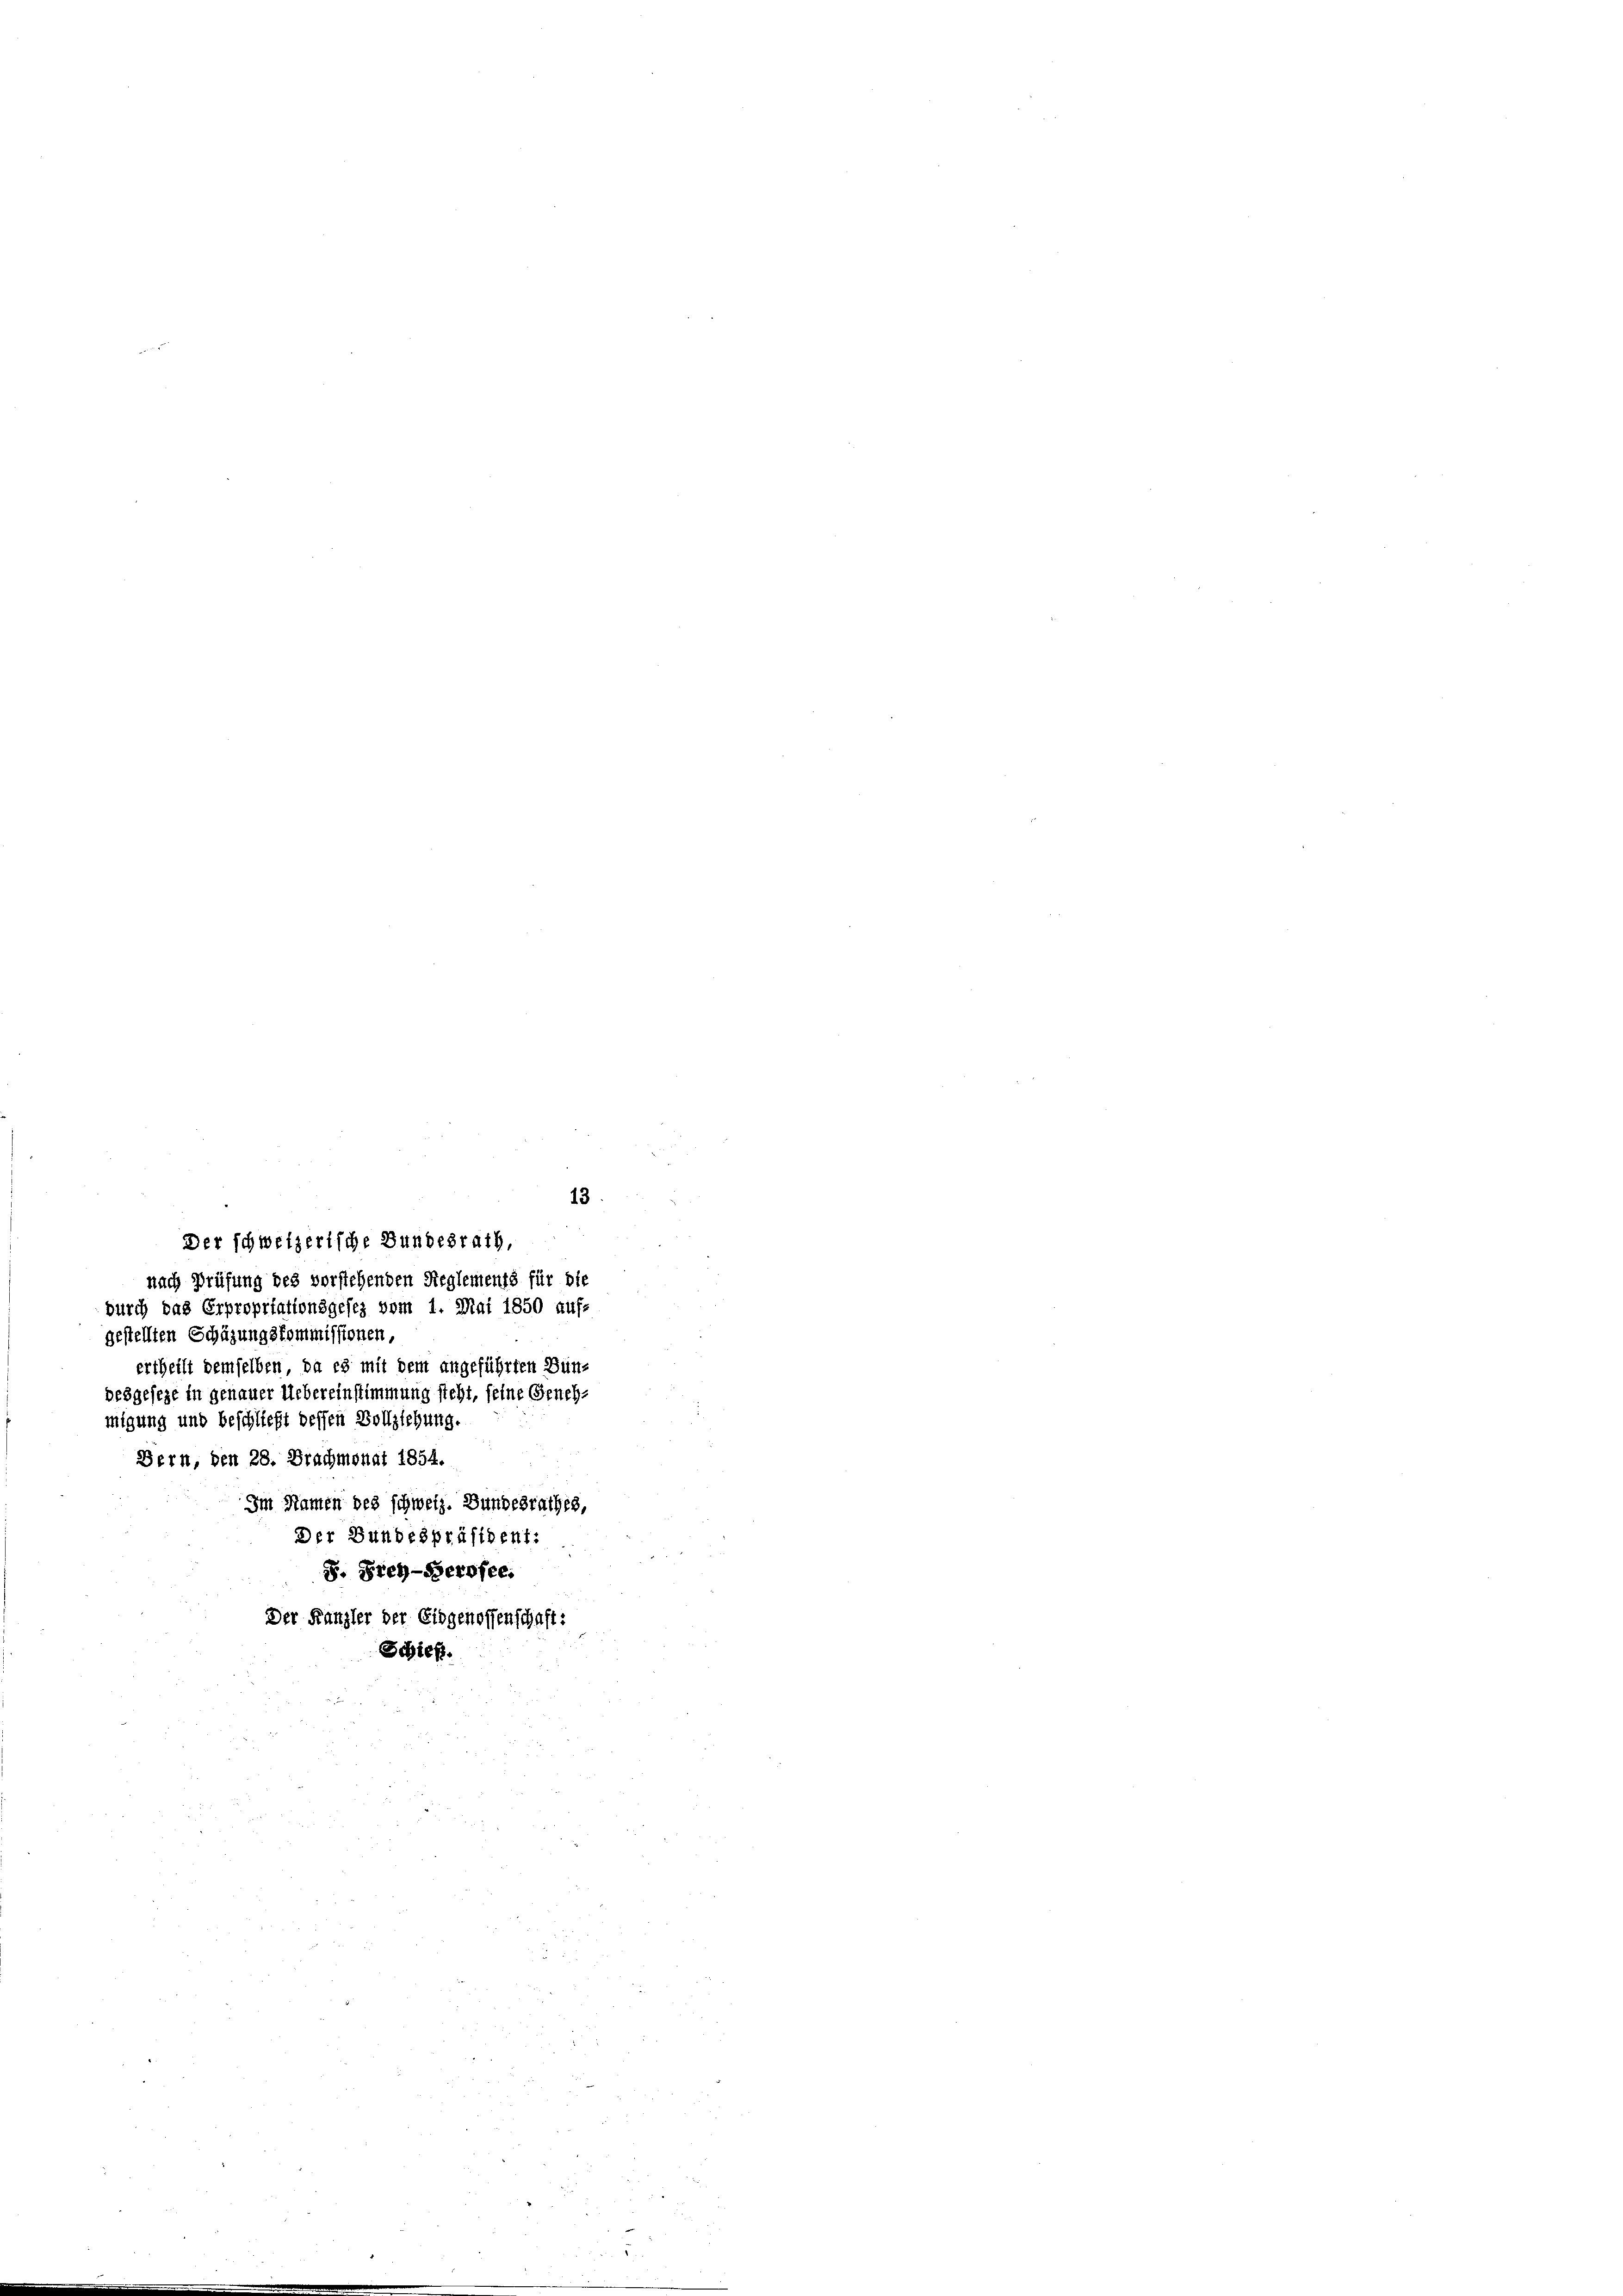
durch das Erpropriationsgesez vom 1. Mai 1850 auf-
gestellten Schüzungskommissionen,
ertheilt demselben, da es mit dem angeführten Bündesgesezt in genauer Uebereinstimmung steht, feine Genehmigung und beschließt dessen Vollziehung.
Bern, den 28. Brachmonat 1854.
Im Namen des schweiz. Bundesrathes,
Der Bundespräsident:
S. Frey-Gerofee.
Der Kanzler der Eidgenossenschaft:
Schieß.

Der schweizerische Bundesrath,
nach Prüfung des vorstehenden Reglements für die

13